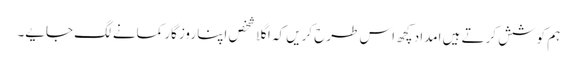
ہم کوشش کرتے ہیں امداد کچھ اس طرح کریں کہ اگلا شخص اپنا روزگار کمانے لگ جایے۔